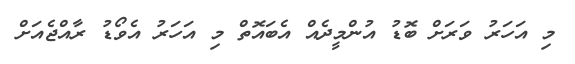
މި އަހަރު ވަރަށް ބޮޑު އުންމީދެއް އެބައޮތް މި އަހަރު އެވޯޑު ރާއްޖެއަށް